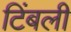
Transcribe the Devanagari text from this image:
टिंबली